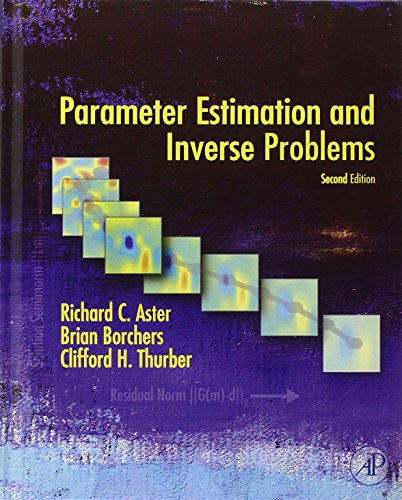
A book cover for Parameter Estimation and Inverse Problems, Volume 90, Second Edition (International Geophysics); Richard C. Aster; Science & Math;